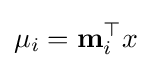
\mu _{i}=\mathbf {m} _{i}^{\top }x